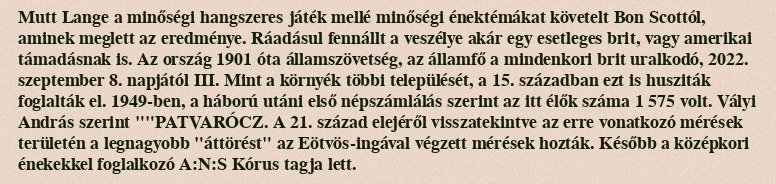
Mutt Lange a minőségi hangszeres játék mellé minőségi énektémákat követelt Bon Scottól, aminek meglett az eredménye. Ráadásul fennállt a veszélye akár egy esetleges brit, vagy amerikai támadásnak is. Az ország 1901 óta államszövetség, az államfő a mindenkori brit uralkodó, 2022. szeptember 8. napjától III. Mint a környék többi települését, a 15. században ezt is husziták foglalták el. 1949-ben, a háború utáni első népszámlálás szerint az itt élők száma 1 575 volt. Vályi András szerint ""PATVARÓCZ. A 21. század elejéről visszatekintve az erre vonatkozó mérések területén a legnagyobb "áttörést" az Eötvös-ingával végzett mérések hozták. Később a középkori énekekkel foglalkozó A:N:S Kórus tagja lett.